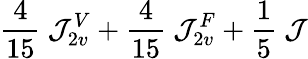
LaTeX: \frac{4}{15}~{\cal J}_{2v}^{V}+\frac{4}{15}~{\cal J}_{2v}^{F}+{\frac{1}{5}}~{\cal J}